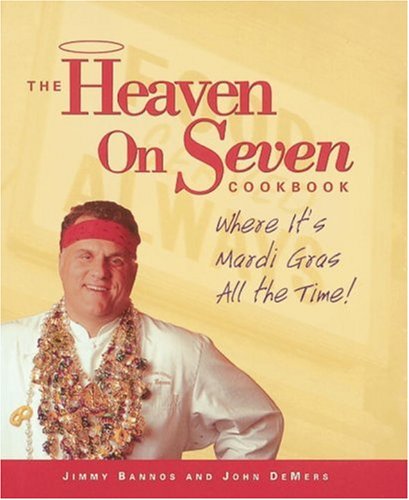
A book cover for The Heaven on Seven Cookbook: Where It's Mardi Gras All the Time!; Jimmy Bannos; Cookbooks, Food & Wine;